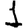
Digit: 1